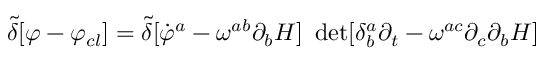
{ \tilde { \delta } } [ \varphi - \varphi _ { c l } ] = { \tilde { \delta } } [ { \dot { \varphi } ^ { a } - \omega ^ { a b } \partial _ { b } H ] ~ \operatorname * { d e t } [ \delta _ { b } ^ { a } \partial _ { t } - \omega ^ { a c } \partial _ { c } \partial _ { b } H } ]